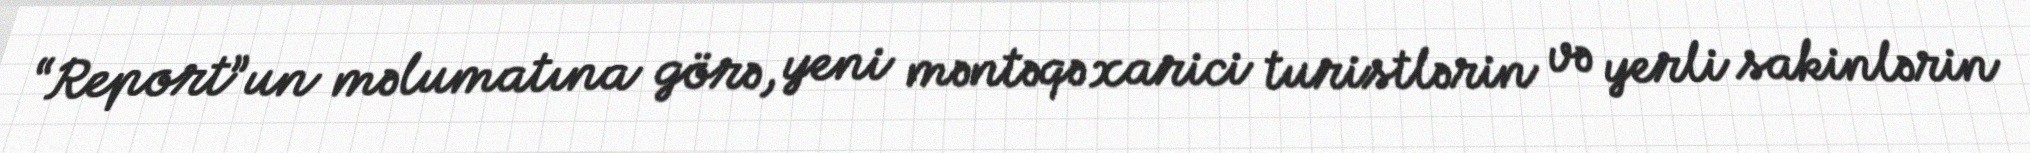
“Report”un məlumatına görə, yeni məntəqə xarici turistlərin və yerli sakinlərin